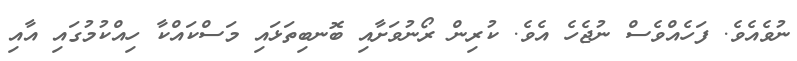
ނުވެއެވެ. ފަހެއްވެސް ނުޖެހެ އެވެ. ކުރިން ރޯނުވަށާއި ބޮނބިތަޅައި މަސްކައްކާ ހިއްކުމުގައި އާއި